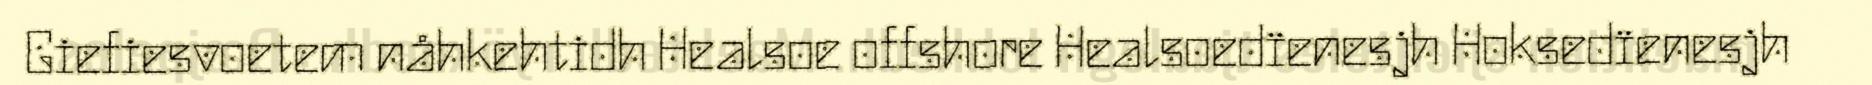
Giefiesvoetem nåhkehtidh Healsoe offshore Healsoedïenesjh Hoksedïenesjh